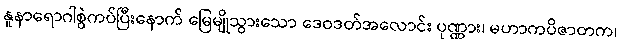
နူနာရောဂါစွဲကပ်ပြီးနောက် မြေမျိုသွားသော ဒေဝဒတ်အလောင်း ပုဏ္ဏား၊ မဟာကပိဇာတက၊